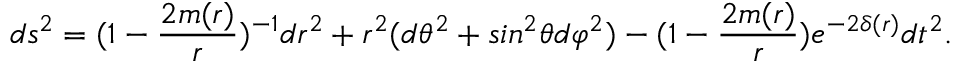
d s ^ { 2 } = ( 1 - \frac { 2 m ( r ) } { r } ) ^ { - 1 } d r ^ { 2 } + r ^ { 2 } ( d \theta ^ { 2 } + s i n ^ { 2 } \theta d \varphi ^ { 2 } ) - ( 1 - \frac { 2 m ( r ) } { r } ) e ^ { - 2 \delta ( r ) } d t ^ { 2 } .